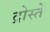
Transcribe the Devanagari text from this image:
द्रोस्ते